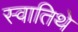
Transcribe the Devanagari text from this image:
स्वातिथे